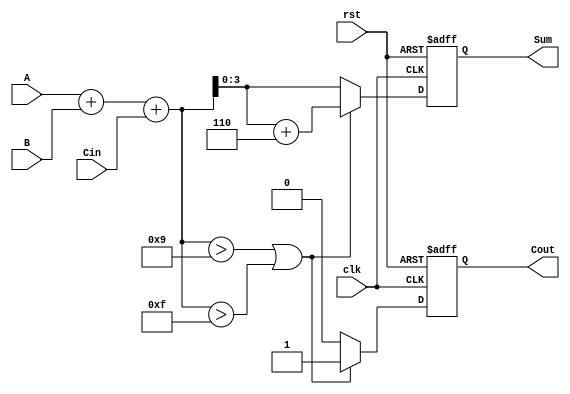
module BCD_Synchronous_Adder (
    input  wire [3:0] A,        // 4-bit BCD input A
    input  wire [3:0] B,        // 4-bit BCD input B
    input  wire Cin,            // 1-bit carry input
    input  wire clk,            // Clock input
    input  wire rst,            // Reset input
    output reg  [3:0] Sum,      // 4-bit BCD sum output
    output reg  Cout            // 1-bit carry output
);

    reg [4:0] binary_sum;       // 5-bit to hold the binary sum (A + B + Cin)
    
    always @(posedge clk or posedge rst) begin
        if (rst) begin
            Sum <= 4'b0000;      // Reset sum to 0
            Cout <= 1'b0;       // Reset carry out
        end else begin
            // Step 1: Binary addition
            binary_sum = A + B + Cin;

            // Step 2: Check for BCD adjustment
            if (binary_sum > 5'b01001 || binary_sum > 5'b01111) begin
                // Step 3: Adjust the sum by adding 6
                binary_sum = binary_sum + 5'b00110;  // Add 6 in binary
                Cout <= 1'b1;                         // Set carry out
            end else begin
                Cout <= 1'b0;                         // No carry out
            end
            
            // Assign the lower 4 bits as the valid BCD sum
            Sum <= binary_sum[3:0];
        end
    end

endmodule